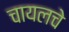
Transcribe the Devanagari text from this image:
चायलचे